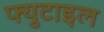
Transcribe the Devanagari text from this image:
फ्युटाइल